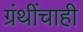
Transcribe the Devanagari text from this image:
ग्रंथींचाही